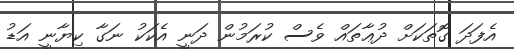
އެފަދަ ގޮތަކަށް ދުޢާތައް ވެސް ކުރަމުން ދަނީ އެކަކު ނަގާ ކިޔާނީ އަޑު